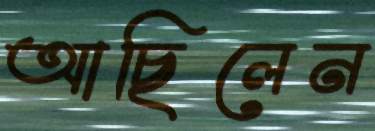
আছিলেন